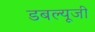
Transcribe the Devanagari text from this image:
डबल्यूजी